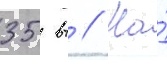
35 вт // На́